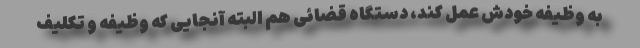
به وظیفه خودش عمل کند، دستگاه قضائی هم البته آنجایی که وظیفه و تکلیف